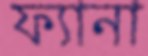
ফ্যানা